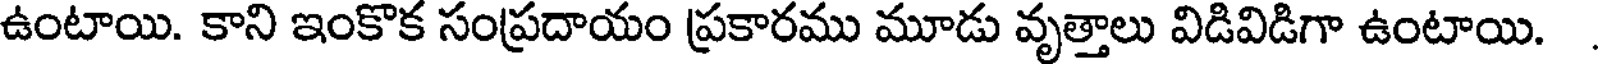
ఉంటాయి. కాని ఇంకొక సంప్రదాయం ప్రకారము మూడు వృత్తాలు విడివిడిగా ఉంటాయి.